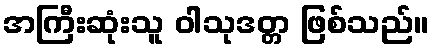
အကြီးဆုံးသူ ဝါသုဒတ္တ ဖြစ်သည်။